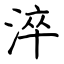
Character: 淬